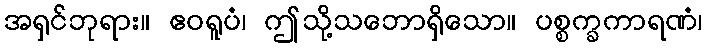
အရှင်ဘုရား။ ဧဝရူပံ၊ ဤသို့သဘောရှိသော။ ပစ္စက္ခကာရဏံ၊